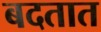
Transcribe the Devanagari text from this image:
बदतात